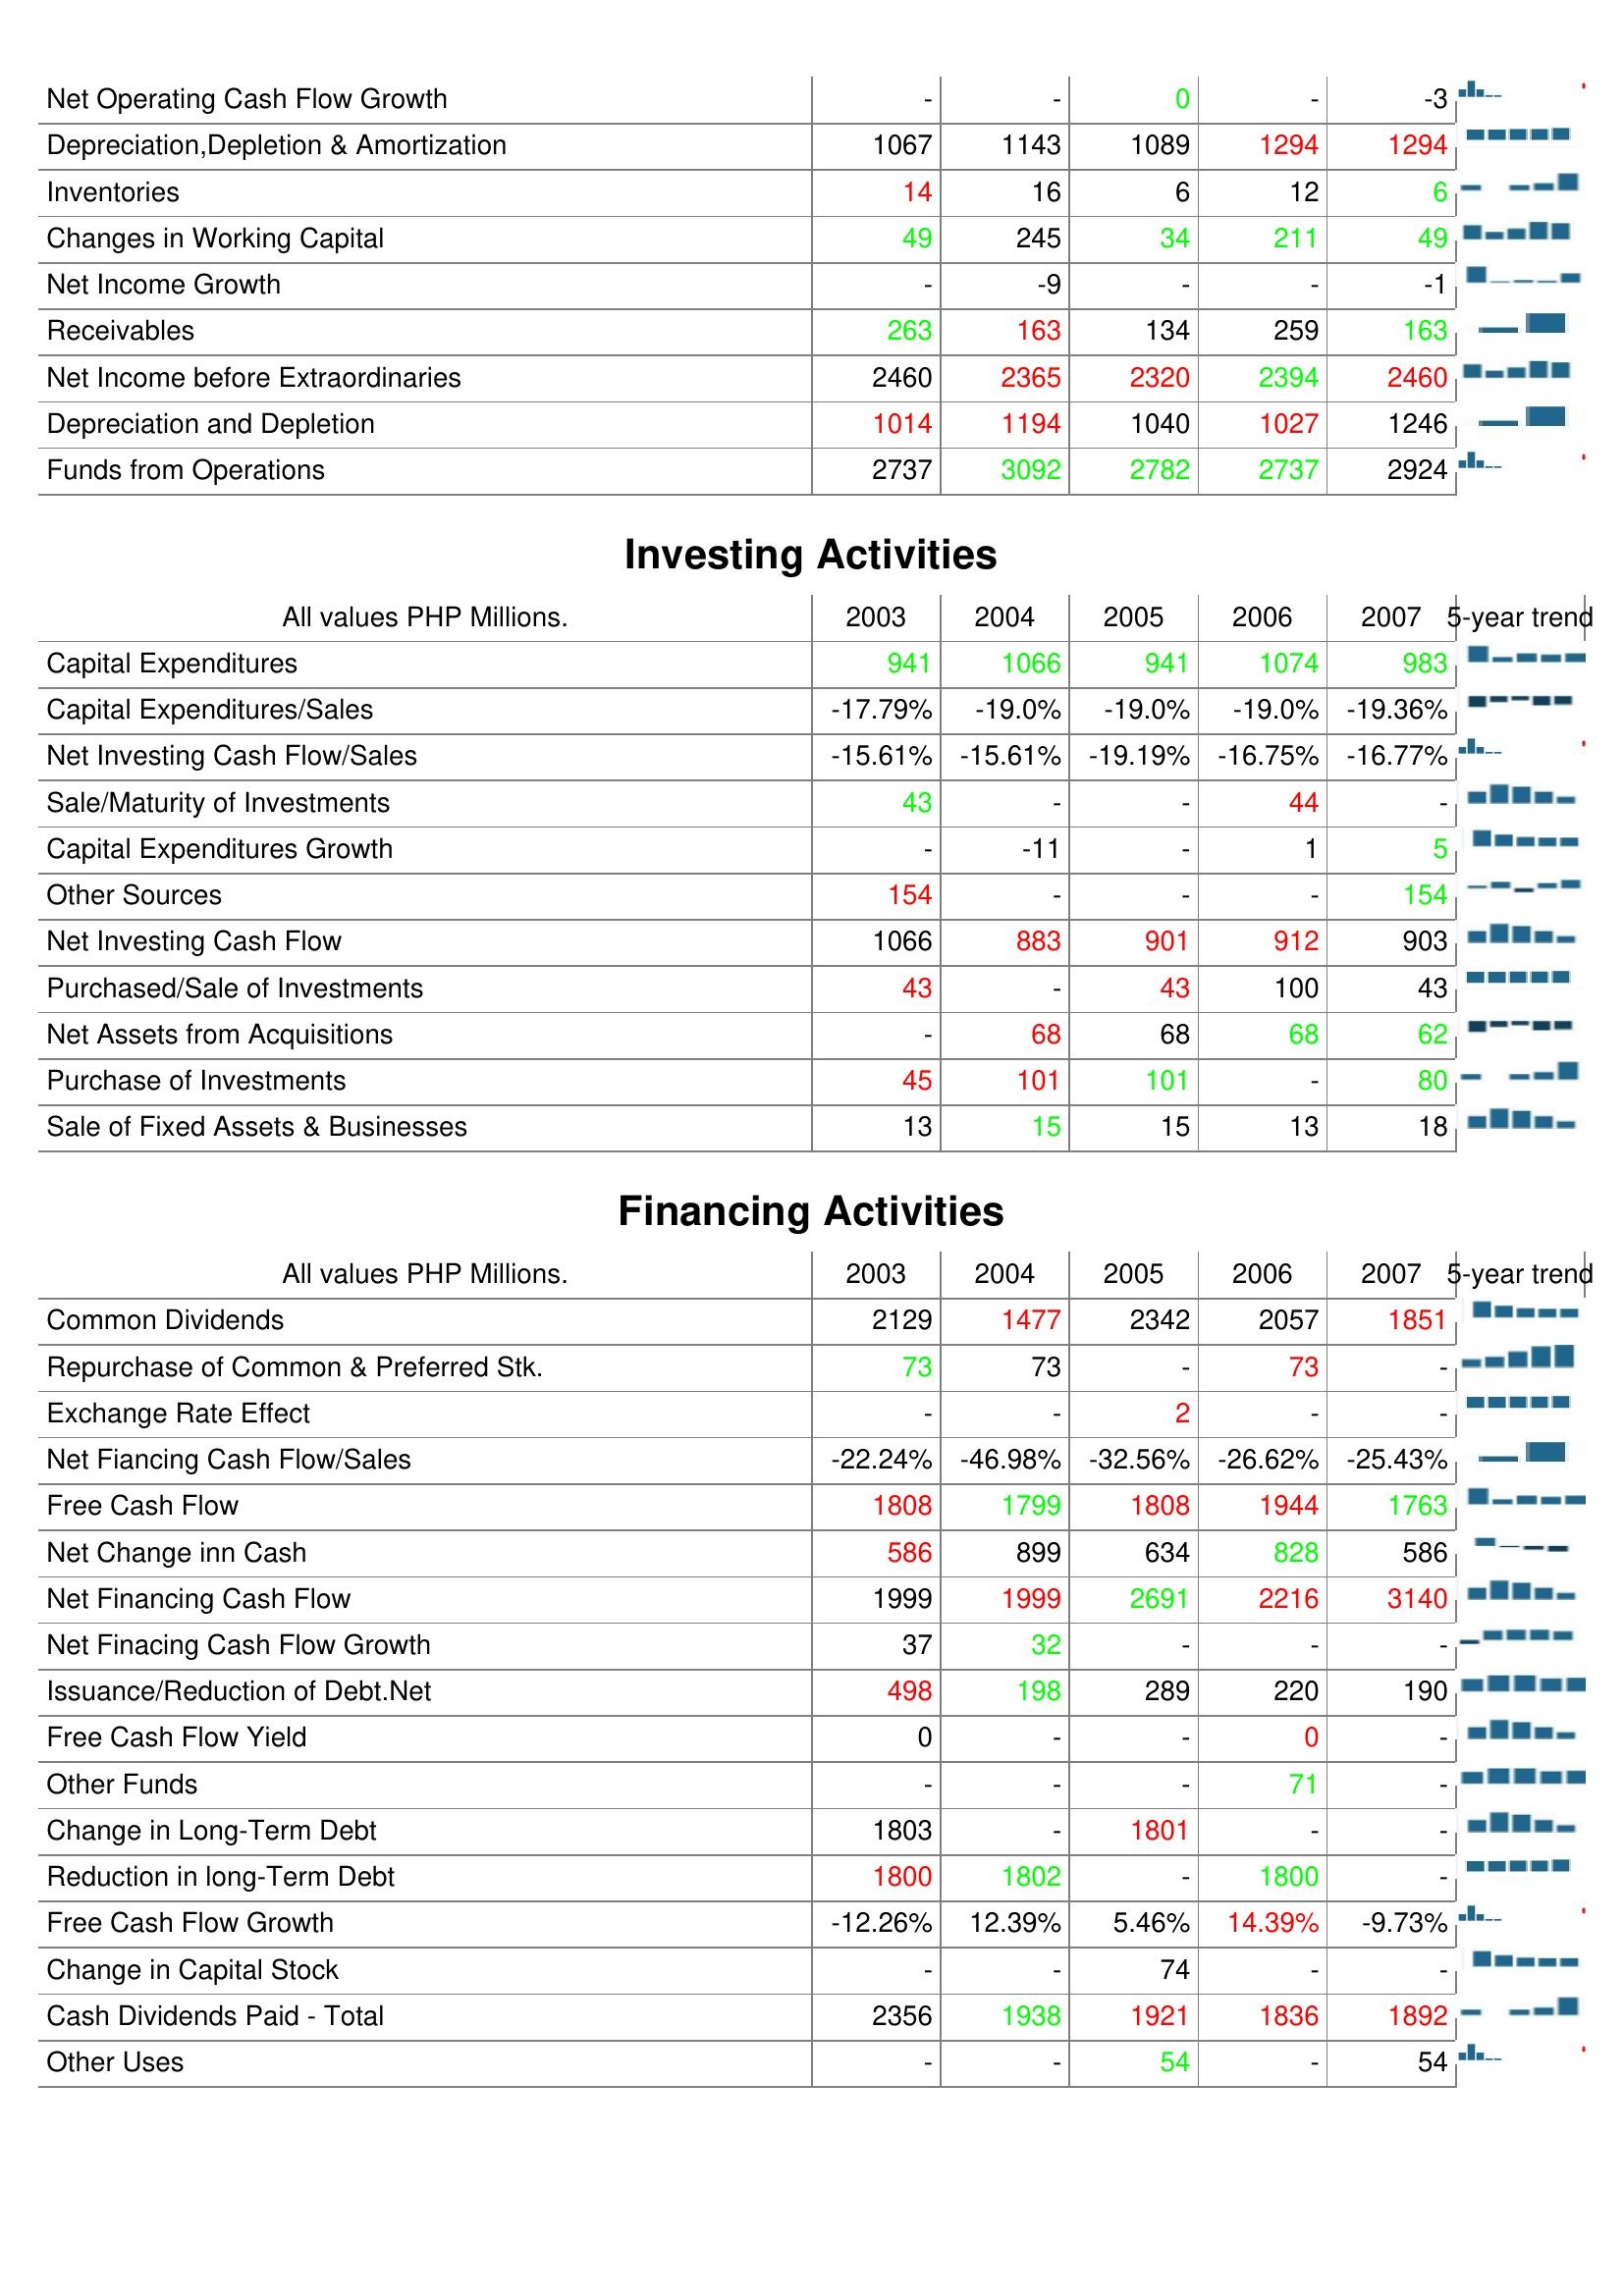
2003: Operating Activities: Net Operating Cash Flow Growth: -
Depreciation,Depletion & Amortization: 1067
Inventories: 14
Changes in Working Capital: 49
Net Income Growth: -
Receivables: 263
Net Income before Extraordinaries: 2460
Depreciation and Depletion: 1014
Funds from Operations: 2737
Investing Activities: Capital Expenditures: 941
Capital Expenditures/Sales: -17.79%
Net Investing Cash Flow/Sales: -15.61%
Sale/Maturity of Investments: 43
Capital Expenditures Growth: -
Other Sources: 154
Net Investing Cash Flow: 1066
Purchased/Sale of Investments: 43
Net Assets from Acquisitions: -
Purchase of Investments: 45
Sale of Fixed Assets & Businesses: 13
Financing Activities: Common Dividends: 2129
Repurchase of Common & Preferred Stk.: 73
Exchange Rate Effect: -
Net Fiancing Cash Flow/Sales: -22.24%
Free Cash Flow: 1808
Net Change inn Cash: 586
Net Financing Cash Flow: 1999
Net Finacing Cash Flow Growth: 37
Issuance/Reduction of Debt.Net: 498
Free Cash Flow Yield: 0
Other Funds: -
Change in Long-Term Debt: 1803
Reduction in long-Term Debt: 1800
Free Cash Flow Growth: -12.26%
Change in Capital Stock: -
Cash Dividends Paid - Total: 2356
Other Uses: -
2004: Operating Activities: Net Operating Cash Flow Growth: -
Depreciation,Depletion & Amortization: 1143
Inventories: 16
Changes in Working Capital: 245
Net Income Growth: -9
Receivables: 163
Net Income before Extraordinaries: 2365
Depreciation and Depletion: 1194
Funds from Operations: 3092
Investing Activities: Capital Expenditures: 1066
Capital Expenditures/Sales: -19.0%
Net Investing Cash Flow/Sales: -15.61%
Sale/Maturity of Investments: -
Capital Expenditures Growth: -11
Other Sources: -
Net Investing Cash Flow: 883
Purchased/Sale of Investments: -
Net Assets from Acquisitions: 68
Purchase of Investments: 101
Sale of Fixed Assets & Businesses: 15
Financing Activities: Common Dividends: 1477
Repurchase of Common & Preferred Stk.: 73
Exchange Rate Effect: -
Net Fiancing Cash Flow/Sales: -46.98%
Free Cash Flow: 1799
Net Change inn Cash: 899
Net Financing Cash Flow: 1999
Net Finacing Cash Flow Growth: 32
Issuance/Reduction of Debt.Net: 198
Free Cash Flow Yield: -
Other Funds: -
Change in Long-Term Debt: -
Reduction in long-Term Debt: 1802
Free Cash Flow Growth: 12.39%
Change in Capital Stock: -
Cash Dividends Paid - Total: 1938
Other Uses: -
2005: Operating Activities: Net Operating Cash Flow Growth: 0
Depreciation,Depletion & Amortization: 1089
Inventories: 6
Changes in Working Capital: 34
Net Income Growth: -
Receivables: 134
Net Income before Extraordinaries: 2320
Depreciation and Depletion: 1040
Funds from Operations: 2782
Investing Activities: Capital Expenditures: 941
Capital Expenditures/Sales: -19.0%
Net Investing Cash Flow/Sales: -19.19%
Sale/Maturity of Investments: -
Capital Expenditures Growth: -
Other Sources: -
Net Investing Cash Flow: 901
Purchased/Sale of Investments: 43
Net Assets from Acquisitions: 68
Purchase of Investments: 101
Sale of Fixed Assets & Businesses: 15
Financing Activities: Common Dividends: 2342
Repurchase of Common & Preferred Stk.: -
Exchange Rate Effect: 2
Net Fiancing Cash Flow/Sales: -32.56%
Free Cash Flow: 1808
Net Change inn Cash: 634
Net Financing Cash Flow: 2691
Net Finacing Cash Flow Growth: -
Issuance/Reduction of Debt.Net: 289
Free Cash Flow Yield: -
Other Funds: -
Change in Long-Term Debt: 1801
Reduction in long-Term Debt: -
Free Cash Flow Growth: 5.46%
Change in Capital Stock: 74
Cash Dividends Paid - Total: 1921
Other Uses: 54
2006: Operating Activities: Net Operating Cash Flow Growth: -
Depreciation,Depletion & Amortization: 1294
Inventories: 12
Changes in Working Capital: 211
Net Income Growth: -
Receivables: 259
Net Income before Extraordinaries: 2394
Depreciation and Depletion: 1027
Funds from Operations: 2737
Investing Activities: Capital Expenditures: 1074
Capital Expenditures/Sales: -19.0%
Net Investing Cash Flow/Sales: -16.75%
Sale/Maturity of Investments: 44
Capital Expenditures Growth: 1
Other Sources: -
Net Investing Cash Flow: 912
Purchased/Sale of Investments: 100
Net Assets from Acquisitions: 68
Purchase of Investments: -
Sale of Fixed Assets & Businesses: 13
Financing Activities: Common Dividends: 2057
Repurchase of Common & Preferred Stk.: 73
Exchange Rate Effect: -
Net Fiancing Cash Flow/Sales: -26.62%
Free Cash Flow: 1944
Net Change inn Cash: 828
Net Financing Cash Flow: 2216
Net Finacing Cash Flow Growth: -
Issuance/Reduction of Debt.Net: 220
Free Cash Flow Yield: 0
Other Funds: 71
Change in Long-Term Debt: -
Reduction in long-Term Debt: 1800
Free Cash Flow Growth: 14.39%
Change in Capital Stock: -
Cash Dividends Paid - Total: 1836
Other Uses: -
2007: Operating Activities: Net Operating Cash Flow Growth: -3
Depreciation,Depletion & Amortization: 1294
Inventories: 6
Changes in Working Capital: 49
Net Income Growth: -1
Receivables: 163
Net Income before Extraordinaries: 2460
Depreciation and Depletion: 1246
Funds from Operations: 2924
Investing Activities: Capital Expenditures: 983
Capital Expenditures/Sales: -19.36%
Net Investing Cash Flow/Sales: -16.77%
Sale/Maturity of Investments: -
Capital Expenditures Growth: 5
Other Sources: 154
Net Investing Cash Flow: 903
Purchased/Sale of Investments: 43
Net Assets from Acquisitions: 62
Purchase of Investments: 80
Sale of Fixed Assets & Businesses: 18
Financing Activities: Common Dividends: 1851
Repurchase of Common & Preferred Stk.: -
Exchange Rate Effect: -
Net Fiancing Cash Flow/Sales: -25.43%
Free Cash Flow: 1763
Net Change inn Cash: 586
Net Financing Cash Flow: 3140
Net Finacing Cash Flow Growth: -
Issuance/Reduction of Debt.Net: 190
Free Cash Flow Yield: -
Other Funds: -
Change in Long-Term Debt: -
Reduction in long-Term Debt: -
Free Cash Flow Growth: -9.73%
Change in Capital Stock: -
Cash Dividends Paid - Total: 1892
Other Uses: 54